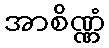
အာစိဏ္ဏံ